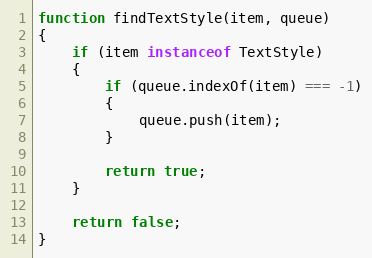
Language: JavaScript
function findTextStyle(item, queue)
{
    if (item instanceof TextStyle)
    {
        if (queue.indexOf(item) === -1)
        {
            queue.push(item);
        }

        return true;
    }

    return false;
}